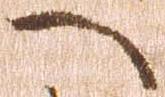
へ